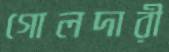
গোলদারী